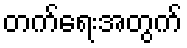
တက်ရေးအတွက်